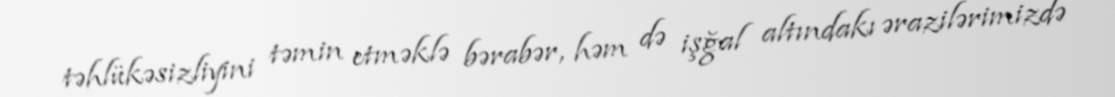
təhlükəsizliyini təmin etməklə bərabər, həm də işğal altındakı ərazilərimizdə